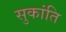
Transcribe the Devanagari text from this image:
सुकांति